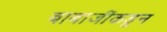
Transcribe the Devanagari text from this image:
बाबाजींकडून